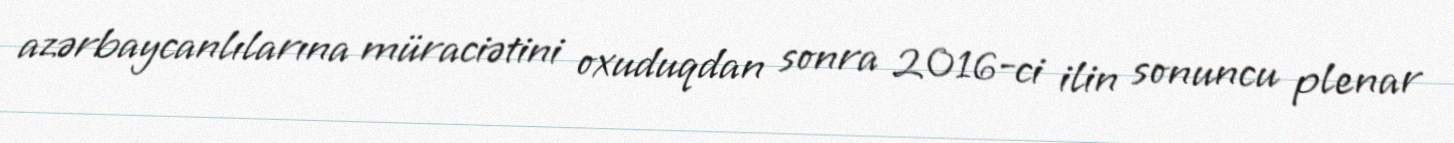
azərbaycanlılarına müraciətini oxuduqdan sonra 2016-ci ilin sonuncu plenar